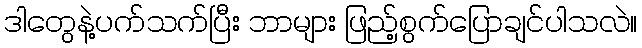
ဒါတွေနဲ့ပက်သက်ပြီး ဘာများ ဖြည့်စွက်ပြောချင်ပါသလဲ။